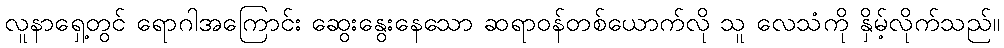
လူနာရှေ့တွင် ရောဂါအကြောင်း ဆွေးနွေးနေသော ဆရာဝန်တစ်ယောက်လို သူ လေသံကို နှိမ့်လိုက်သည်။